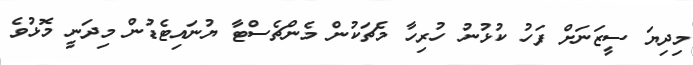
މިދިޔަ ސީޒަނަށް ފަހު ކުޅުނު ހުރިހާ މެޗަކުން މެންޗެސްޓާ ޔުނައިޓެޑުން މިދަނީ މޮޅުވެ